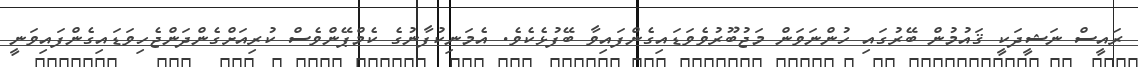
ރައީސް ނަޝީދަކީ ޤައުމުން ބޭރުގައި ހުންނަވަން މަޖުބޫޫރުވެވަޑައިގެންފައިވާ ބޭފުޅެކެވެ. އެމަނިކުފާނުގެ ކެމްޕޭންވެސް ކުރިއަށްގެންދަންޖެހިވަޑައިގެންފަައިވަނީ